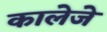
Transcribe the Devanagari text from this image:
कालेजे